Newspaper: The Indianapolis journal. [volume]
Place of publication: Indianapolis [Ind.]
Publisher: Douglass & Conner
Date: 1900-11-25 00:00:00
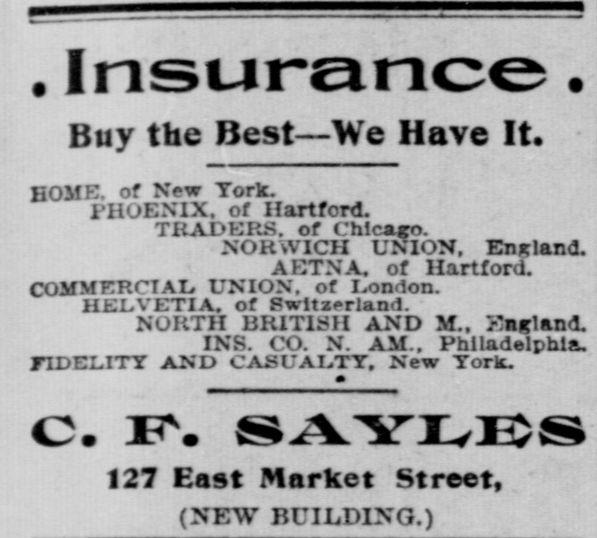
Advertisement text (OCR):
. Insurance . Buy the Best We Have It. HOME, of New York. l'HOENIX, of Ilartfcrd. TBADKBS. of Chicago. NOKWICII UNION, England. AKTNA. of Hartford. COMMERCIAL UNION, of Ixmdon. HELVETIA, of Switzerland. NORTH BRITISH AND M.. England. INS. CO. N. AM.. Philadelphia. FIDELITY AND CASUALTY, New York. C. X SAYLBS 127 East Market Street, (NEW BUILDING.)
Label: text-only